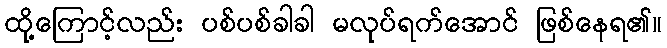
ထို့ကြောင့်လည်း ပစ်ပစ်ခါခါ မလုပ်ရက်အောင် ဖြစ်နေရ၏။